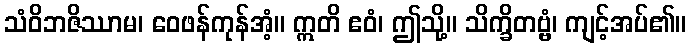
သံဝိဘဇိဿာမ၊ ဝေဖန်ကုန်အံ့။ ဣတိ ဧဝံ၊ ဤသို့။ သိက္ခိတဗ္ဗံ၊ ကျင့်အပ်၏။